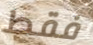
فقط